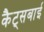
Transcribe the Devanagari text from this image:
कैट्सबाई